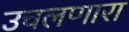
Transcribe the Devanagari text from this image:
उचलणारा